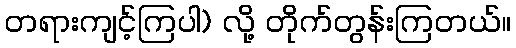
တရားကျင့်ကြပါ) လို့ တိုက်တွန်းကြတယ်။